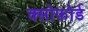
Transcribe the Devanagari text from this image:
क्सोफोर्ड